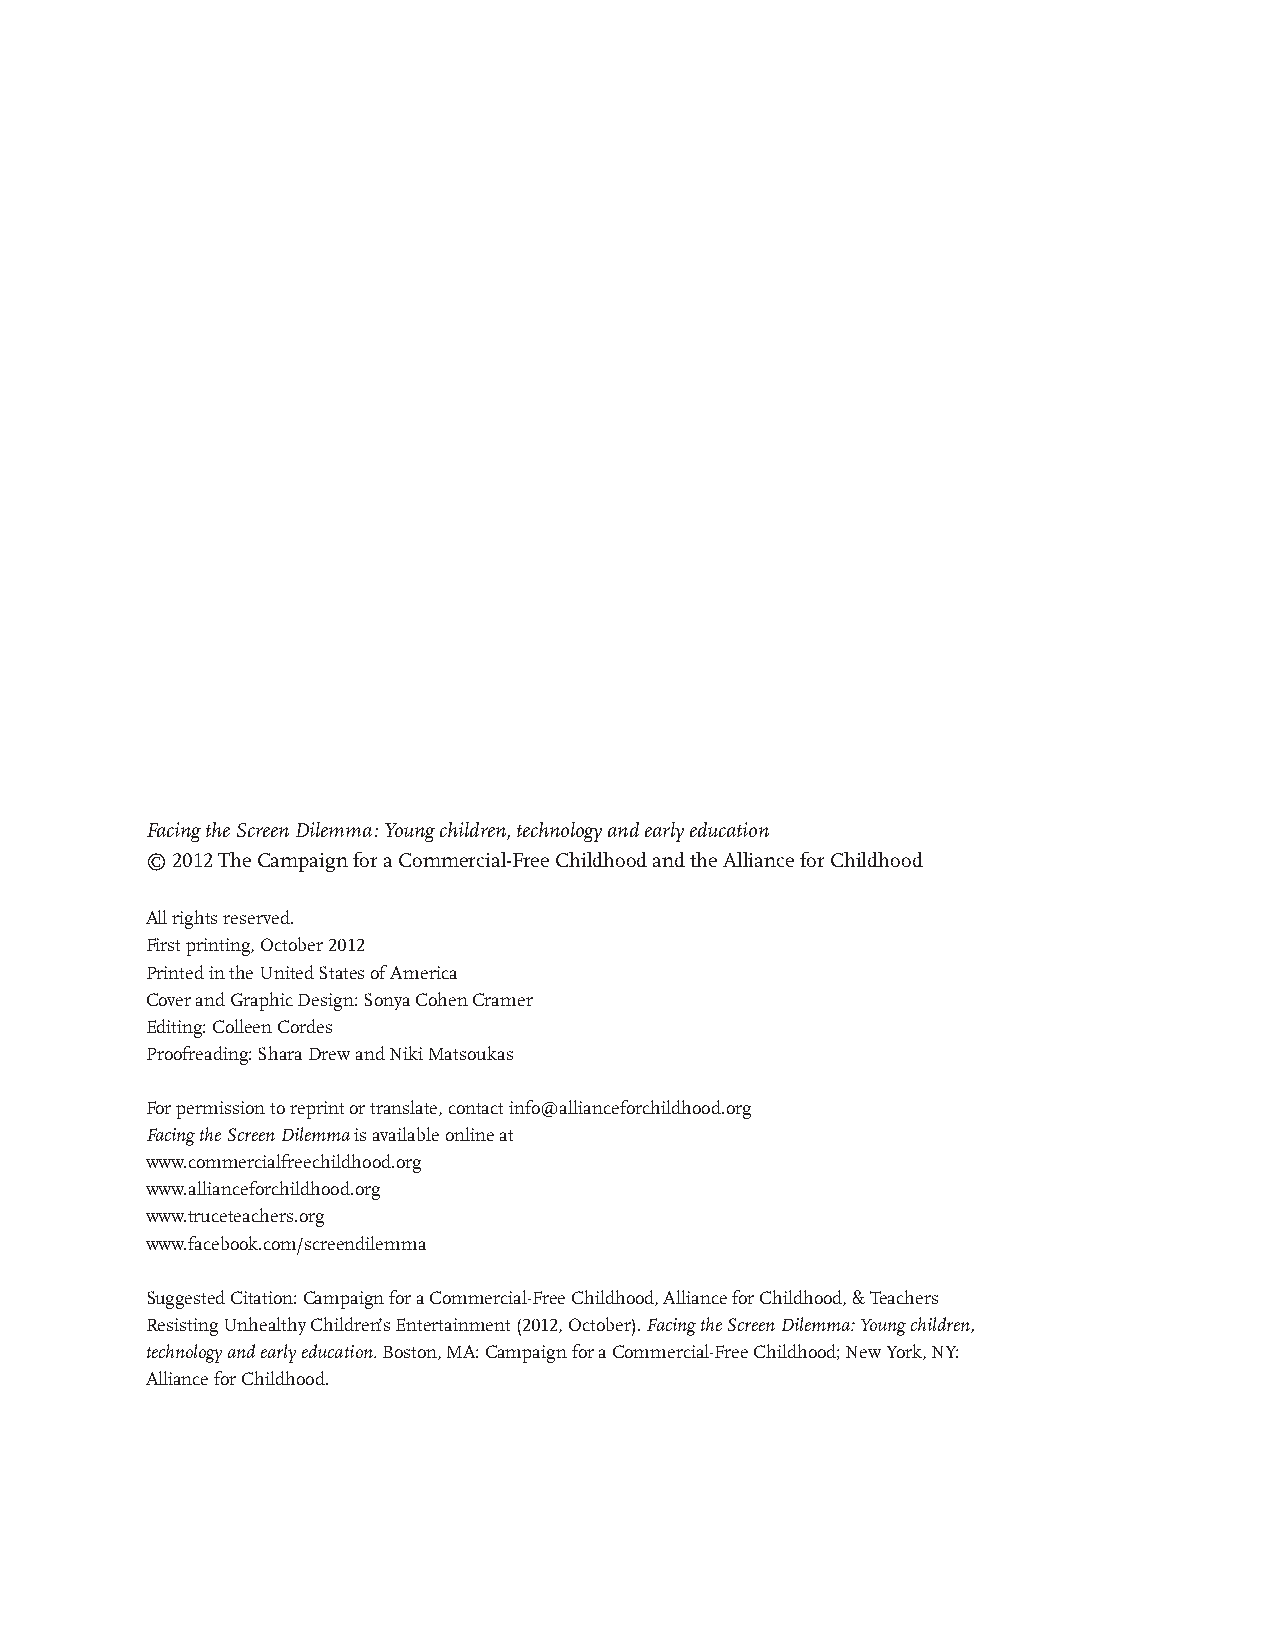
Facing the Screen Dilemma: Young children, technology and early education
 © 2012 The Campaign for a Commercial-Free Childhood and the Alliance for Childhood
 All rights reserved.
 First printing, October 2012
 Printed in the United States of America
 Cover and Graphic Design: Sonya Cohen Cramer
 Editing: Colleen Cordes
 Proofreading: Shara Drew and Niki Matsoukas
 For permission to reprint or translate, contact info@allianceforchildhood.org
 Facing the Screen Dilemma is available online at
 www.commercialfreechildhood.org
 www.allianceforchildhood.org
 www.truceteachers.org
 www.facebook.com/screendilemma
 Suggested Citation: Campaign for a Commercial-Free Childhood, Alliance for Childhood, & Teachers
 Resisting Unhealthy Children’s Entertainment (2012, October). Facing the Screen Dilemma: Young children,
 technology and early education. Boston, MA: Campaign for a Commercial-Free Childhood; New York, NY:
 Alliance for Childhood.